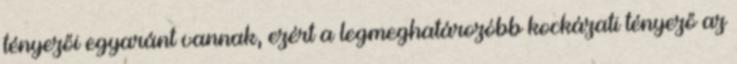
tényezői egyaránt vannak, ezért a legmeghatározóbb kockázati tényező az